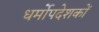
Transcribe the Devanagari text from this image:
धर्मोपदेशकों